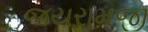
જયરામજી